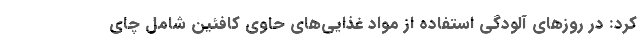
کرد: در روزهای آلودگی استفاده از مواد غذایی‌های حاوی کافئین شامل چای